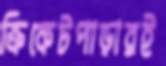
ক্রিকেটপাড়ারই